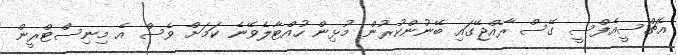
އެޗްސީއެފްސީ ގޭސް ރާއްޖޭގައި ބޭނުންކުރުން މުޅިން ހުއްޓާލެވޭނެ ކަމަށް ވެސް އެ މިނިސްޓްރީން